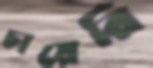
চায়েরি